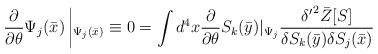
\begin{align*}\frac{ \partial }{\partial \theta }\Psi_j (\bar{x})\left |_{\Psi_j (\bar{x}) }\equiv 0 = \int d^4x \frac{ \partial }{ \partial \theta}S_k(\bar{y})|_{\Psi_j} \frac{ {\delta ^\prime }^2 \bar{Z} [S]}{\delta S_k(\bar{y})\delta S_j (\bar{x}) }\right . \end{align*}